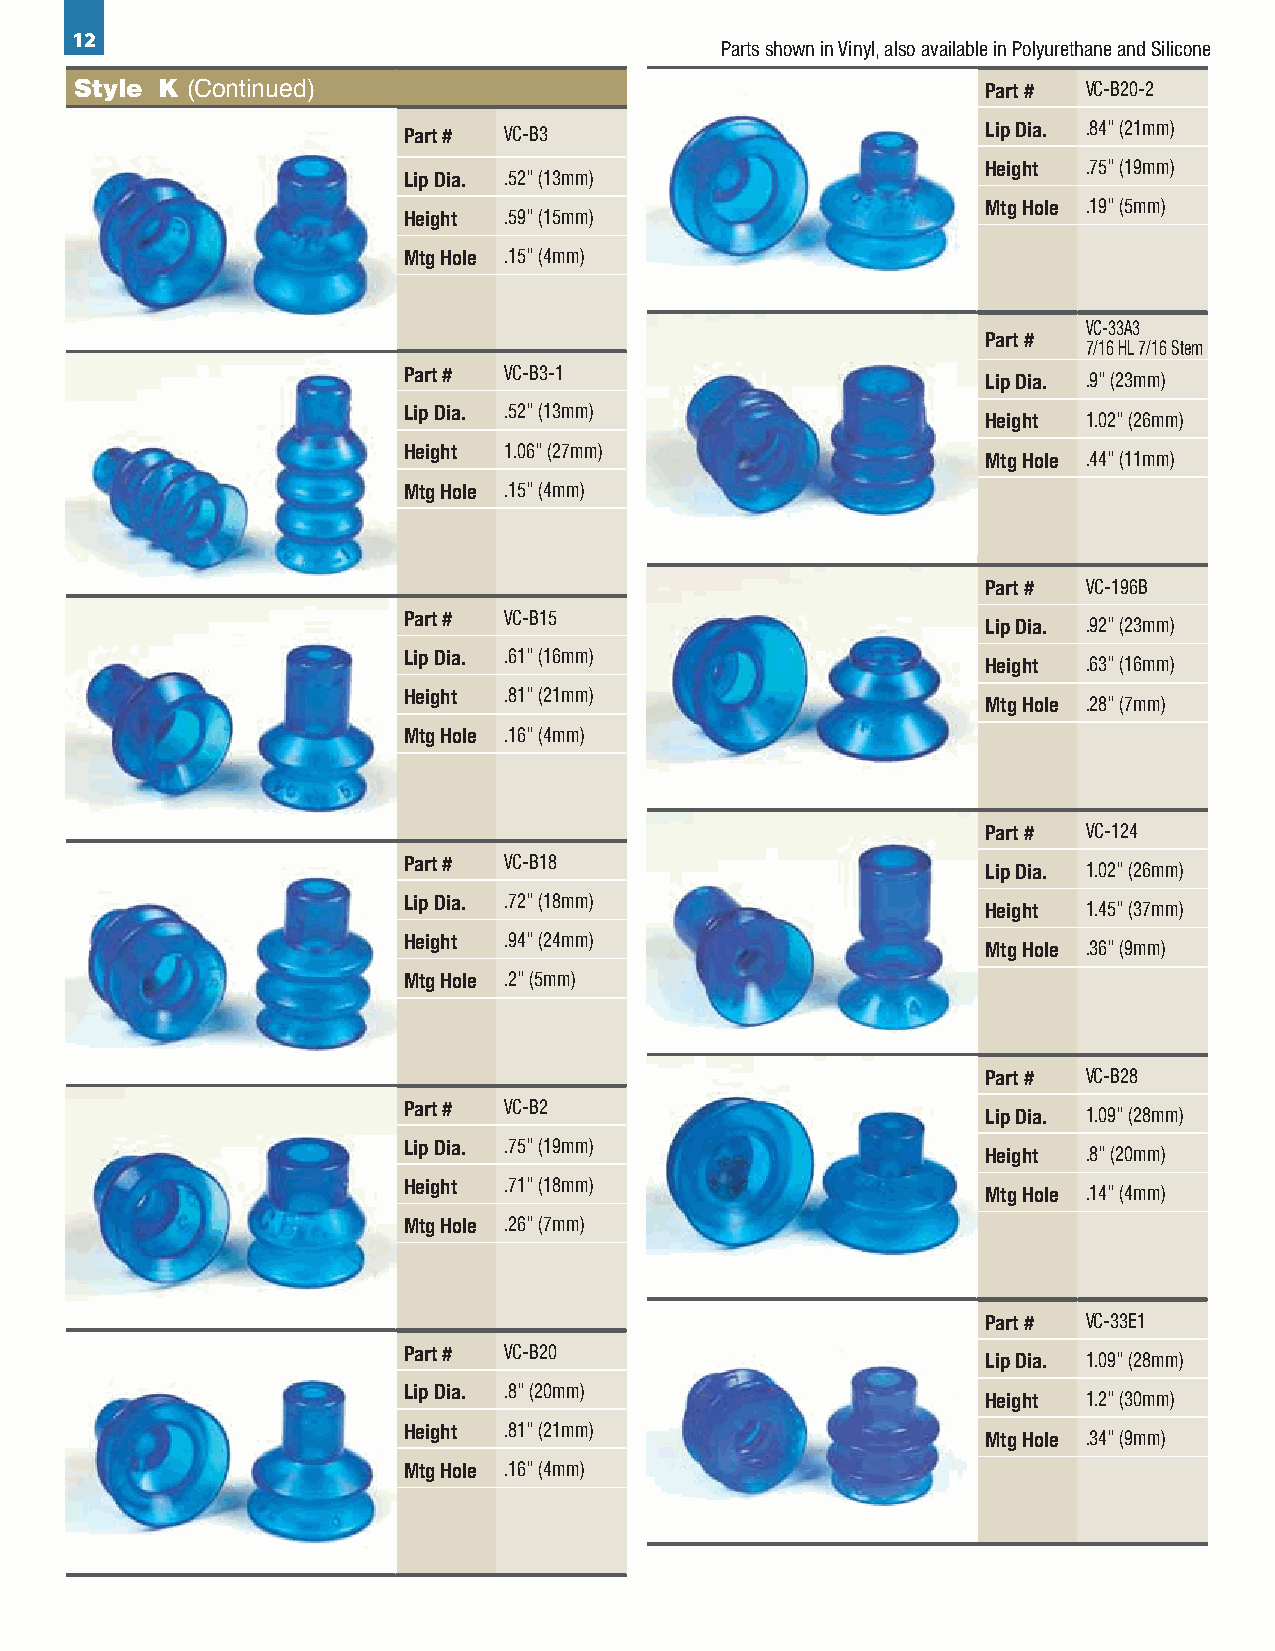
12
 Parts shown in Vinyl, also available in Polyurethane and Silicone
 Style K (Continued)                                         Part # VC-B20-2
 Part # VC-B3                          Lip Dia. .84" (21mm)
 Height .75" (19mm)
 Lip Dia. .52" (13mm)
 Mtg Hole .19" (5mm)
 Height .59" (15mm)
 Mtg Hole .15" (4mm)
 VC-33A3
 Part #
 7/16 HL 7/16 Stem
 Part # VC-B3-1                        Lip Dia. .9" (23mm)
 Lip Dia. .52" (13mm)                  Height 1.02" (26mm)
 Height 1.06" (27mm)                   Mtg Hole .44" (11mm)
 Mtg Hole .15" (4mm)
 Part # VC-196B
 Part # VC-B15                         Lip Dia. .92" (23mm)
 Lip Dia. .61" (16mm)                  Height .63" (16mm)
 Height .81" (21mm)                    Mtg Hole .28" (7mm)
 Mtg Hole .16" (4mm)
 Part # VC-124
 Part # VC-B18                         Lip Dia. 1.02" (26mm)
 Lip Dia. .72" (18mm)                  Height 1.45" (37mm)
 Height .94" (24mm)                    Mtg Hole .36" (9mm)
 Mtg Hole .2" (5mm)
 Part # VC-B28
 Part # VC-B2                          Lip Dia. 1.09" (28mm)
 Lip Dia. .75" (19mm)                  Height .8" (20mm)
 Height .71" (18mm)                    Mtg Hole .14" (4mm)
 Mtg Hole .26" (7mm)
 Part # VC-33E1
 Part # VC-B20                         Lip Dia. 1.09" (28mm)
 Lip Dia. .8" (20mm)                   Height 1.2" (30mm)
 Height .81" (21mm)                    Mtg Hole .34" (9mm)
 Mtg Hole .16" (4mm)